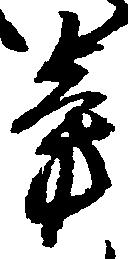
旁